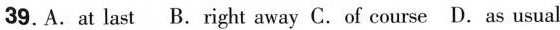
39.A. at last B. right away C. of course D. as usual